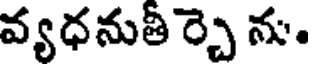
వ్యధనుతీ ర్చె ను.